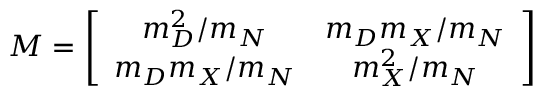
{ \cal M } = \left[ \begin{array} { c c } { { m _ { D } ^ { 2 } / m _ { N } } } & { { m _ { D } m _ { X } / m _ { N } } } \\ { { m _ { D } m _ { X } / m _ { N } } } & { { m _ { X } ^ { 2 } / m _ { N } } } \end{array} \right]